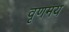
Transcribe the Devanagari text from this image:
वृणमय